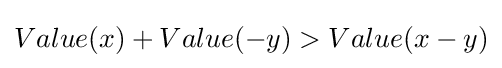
Value(x)+Value(-y)>Value(x-y)